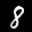
Label: 8